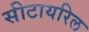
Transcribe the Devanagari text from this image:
सीटायरिल